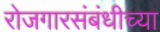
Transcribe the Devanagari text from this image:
रोजगारसंबंधीच्या